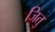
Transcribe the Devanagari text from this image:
जितु